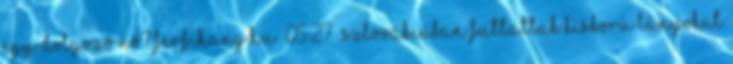
egy dolgozó nő? ferfihang.hu 05:27 Szlovákiában futtattak kiskorú lányokat